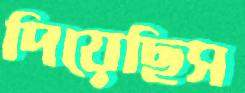
দিয়েছিস